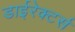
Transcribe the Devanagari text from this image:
डाईरेक्टर्स